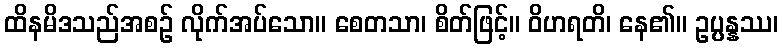
ထိနမိဒသည်အစဉ် လိုက်အပ်သော။ စေတသာ၊ စိတ်ဖြင့်။ ဝိဟရတိ၊ နေ၏။ ဥပ္ပန္နဿ၊